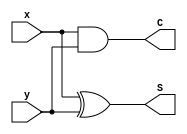
module Half_adder(x,y,S,C);
    input x,y;
    output S,C;

    xor (S,x,y);
    and (C,x,y);
endmodule